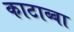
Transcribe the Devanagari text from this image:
काटाब्बा